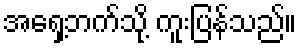
အရှေ့ဘက်သို့ ကူးပြန်သည်။